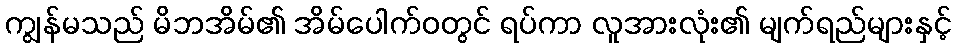
ကျွန်မသည် မိဘအိမ်၏ အိမ်ပေါက်ဝတွင် ရပ်ကာ လူအားလုံး၏ မျက်ရည်များနှင့်